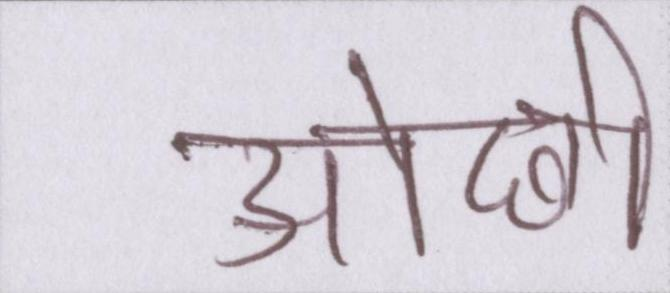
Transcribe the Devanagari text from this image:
ओछी